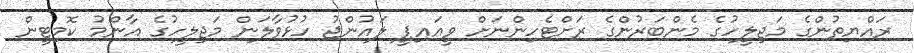
ރައްޔިތުންގެ މަޖިލީހުގެ މެންބަރުންގެ ރަށްޓެހިންނަށް ވީއައިޕީ ލައުންޖު ހުޅުވާލަން މަޖިލީހުގެ އާންމު ކޮމިޓީން